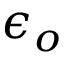
\epsilon _ { o }